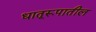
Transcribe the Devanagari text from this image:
धातूरूपातील